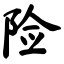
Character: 险